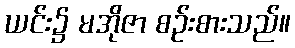
ယင်း၌ မအိုဇာ စဉ်းစားသည်။